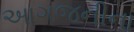
આગજનીના